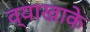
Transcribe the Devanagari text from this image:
व्याखाके